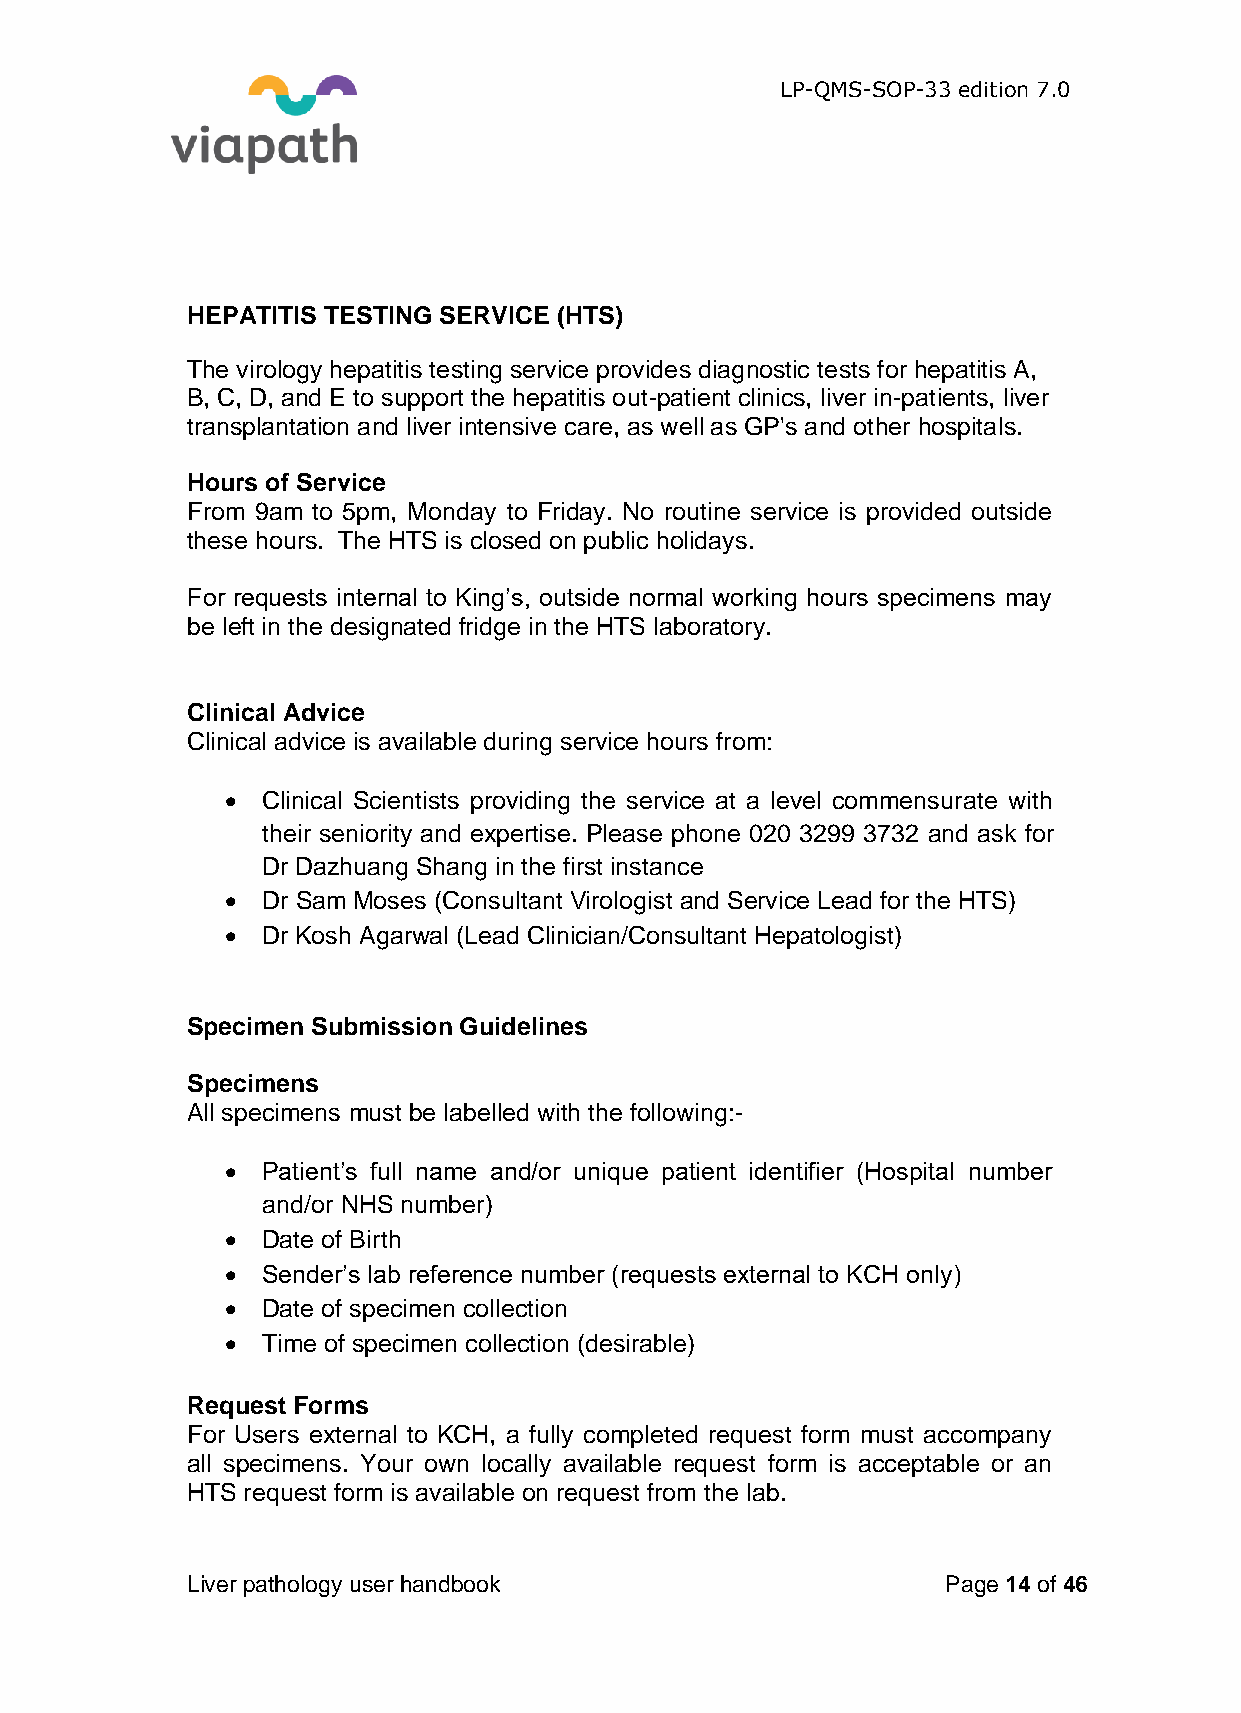
LP-QMS-SOP-33 edition 7.0
 HEPATITIS TESTING SERVICE (HTS)
 The virology hepatitis testing service provides diagnostic tests for hepatitis A,
 B, C, D, and E to support the hepatitis out-patient clinics, liver in-patients, liver
 transplantation and liver intensive care, as well as GP's and other hospitals.
 Hours of Service
 From 9am to 5pm, Monday to Friday. No routine service is provided outside
 these hours. The HTS is closed on public holidays.
 For requests internal to King’s, outside normal working hours specimens may
 be left in the designated fridge in the HTS laboratory.
 Clinical Advice
 Clinical advice is available during service hours from:
  Clinical Scientists providing the service at a level commensurate with
 their seniority and expertise. Please phone 020 3299 3732 and ask for
 Dr Dazhuang Shang in the first instance
  Dr Sam Moses (Consultant Virologist and Service Lead for the HTS)
  Dr Kosh Agarwal (Lead Clinician/Consultant Hepatologist)
 Specimen Submission Guidelines
 Specimens
 All specimens must be labelled with the following:-
  Patient’s full name and/or unique patient identifier (Hospital number
 and/or NHS number)
  Date of Birth
  Sender’s lab reference number (requests external to KCH only)
  Date of specimen collection
  Time of specimen collection (desirable)
 Request Forms
 For Users external to KCH, a fully completed request form must accompany
 all specimens. Your own locally available request form is acceptable or an
 HTS request form is available on request from the lab.
 Liver pathology user handbook                      Page 14 of 46